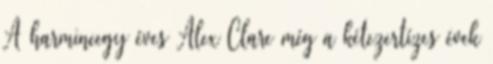
A harmincegy éves Alex Clare még a kétezertízes évek